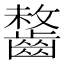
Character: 𪘻